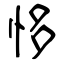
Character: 恀